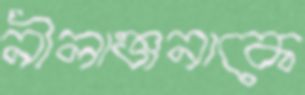
নীলাঞ্জনাকে